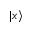
| x \rangle